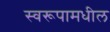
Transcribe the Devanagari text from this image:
स्वरूपामधील